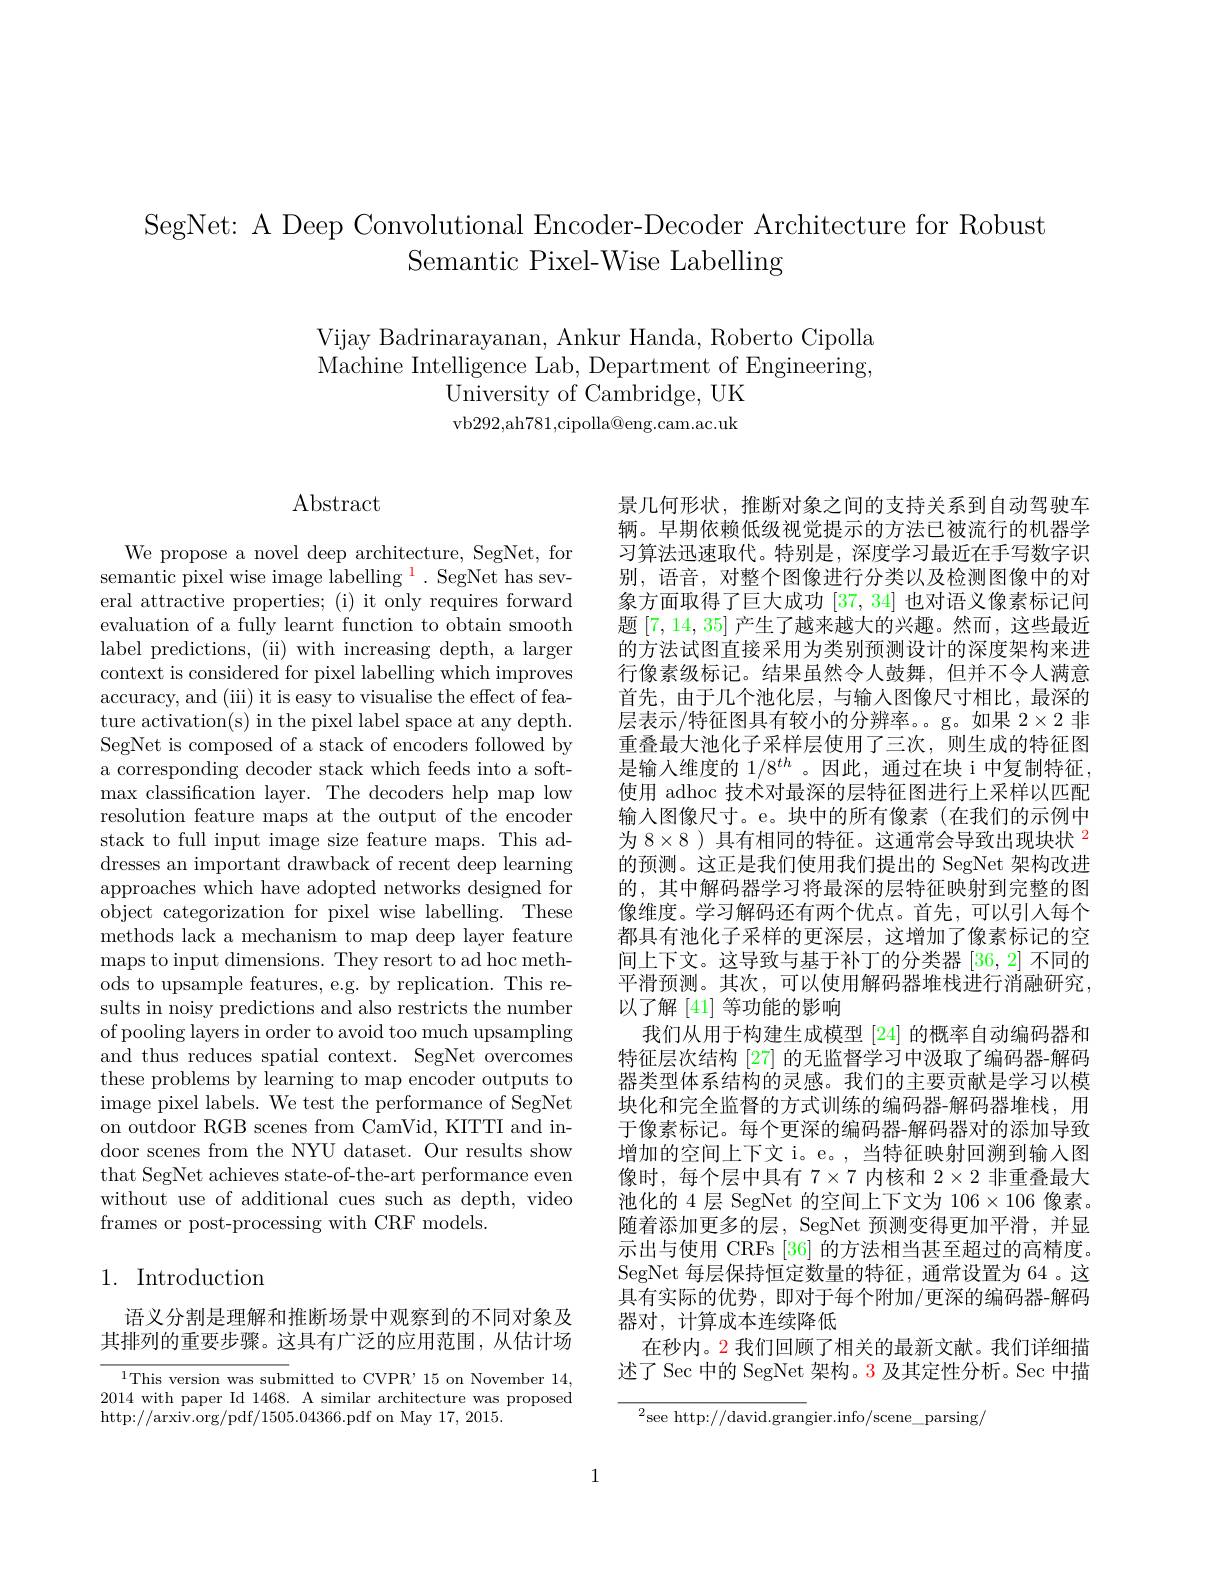
SegNet: A Deep Convolutional Encoder-Decoder Architecture for Robust
Semantic Pixel-Wise Labelling

Vijay Badrinarayanan, Ankur Handa, Roberto Cipolla Machine Intelligence Lab, Department of Engineering,
University of Cambridge, UK vb292,ah781,cipolla@eng.cam.ac.uk

## Abstract

We propose a novel deep architecture, SegNet, for semantic pixel wise image labelling $^{\color{red}{1}}.$ SegNet has several attractive properties; (i) it only requires forward evaluation of a fully learnt function to obtain smooth label predictions, (ii) with increasing depth, a larger context is considered for pixel labelling which improves accuracy, and (iii) it is easy to visualise the effect of feature activation(s) in the pixel label space at any depth. SegNet is composed of a stack of encoders followed by a corresponding decoder stack which feeds into a softmax classification layer. The decoders help map low resolution feature maps at the output of the encoder stack to full input image size feature maps. This addresses an important drawback of recent deep learning approaches which have adopted networks designed for object categorization for pixel wise labelling. These methods lack a mechanism to map deep layer feature maps to input dimensions. They resort to ad hoc methods to upsample features, e.g. by replication. This results in noisy predictions and also restricts the number of pooling layers in order to avoid too much upsampling and thus reduces spatial context. SegNet overcomes these problems by learning to map encoder outputs to image pixel labels. We test the performance of SegNet on outdoor RGB scenes from CamVid, KITTI and indoor scenes from the NYU dataset. Our results show that SegNet achieves state-of-the-art performance even without use of additional cues such as depth, video frames or post-processing with CRF models.

## 1. Introduction

语义分割是理解和推断场景中观察到的不同对象及其排列的重要步骤。这具有广泛的应用范围，从估计场

$^{1}$This version was submitted to CVPR' 15 on November 14, 2014 with paper Id 1468. A similar architecture was proposed http://arxiv.org/pdf/1505.04366.pdf on May 17, 2015.

景几何形状，推断对象之间的支持关系到自动驾驶车辆。早期依赖低级视觉提示的方法已被流行的机器学习算法迅速取代。特别是，深度学习最近在手写数字识别，语音，对整个图像进行分类以及检测图像中的对象方面取得了巨大成功[37,34]也对语义像素标记问题[7,14,35]产生了越来越大的兴趣。然而，这些最近的方法试图直接采用为类别预测设计的深度架构来进行像素级标记。结果虽然令人鼓舞，但并不令人满意首先，由于几个池化层，与输人图像尺寸相比，最深的层表示/特征图具有较小的分辨率。g。如果$2\times2$非重叠最大池化子采样层使用了三次，则生成的特征图是输入维度的$1/8^{th}$。因此，通过在块 i 中复制特征， 使用 adhoc 技术对最深的层特征图进行上采样以匹配输入图像尺寸。e。块中的所有像素(在我们的示例中为$8\times8$ ) 具有相同的特征。这通常会导致出现块状$^{\color{red}2}$ 的预测。这正是我们使用我们提出的 SegNet 架构改进的，其中解码器学习将最深的层特征映射到完整的图像维度。学习解码还有两个优点。首先，可以引人每个都具有池化子采样的更深层，这增加了像素标记的空间上下文。这导致与基于补丁的分类器[36,2]不同的平滑预测。其次，可以使用解码器堆栈进行消融研究， 以了解[41]等功能的影响
我们从用于构建生成模型 [24] 的概率自动编码器和特征层次结构 [27] 的无监督学习中汲取了编码器-解码器类型体系结构的灵感。我们的主要贡献是学习以模块化和完全监督的方式训练的编码器-解码器堆栈，用于像素标记。每个更深的编码器-解码器对的添加导致增加的空间上下文 i。e。, 当特征映射回溯到输入图像时，每个层中具有$7\times7$内核和$2\times2$非重叠最大池化的 4 层 SegNet 的空间上下文为 106×106 像素。随着添加更多的层，SegNet 预测变得更加平滑，并显示出与使用 CRFs [36] 的方法相当甚至超过的高精度。SegNet 每层保持恒定数量的特征，通常设置为 64 。这具有实际的优势，即对于每个附加/更深的编码器-解码器对，计算成本连续降低
在秒内。2 我们回顾了相关的最新文献。我们详细描述了 Sec 中的 SegNet 架构。3 及其定性分析。Sec 中描

$^{2}$see http://david.grangier.info/scene\_parsing/

1